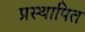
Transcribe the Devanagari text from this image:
प्रस्‍थापित